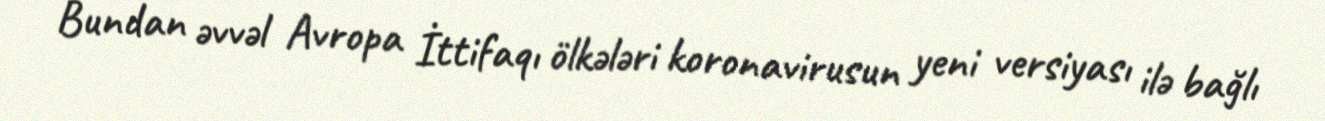
Bundan əvvəl Avropa İttifaqı ölkələri koronavirusun yeni versiyası ilə bağlı